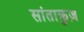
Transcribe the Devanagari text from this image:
सांताक्रुज़